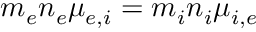
m _ { e } n _ { e } \mu _ { e , i } = m _ { i } n _ { i } \mu _ { i , e }